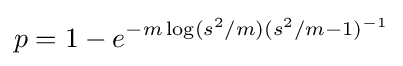
p=1-e^{-m\log(s^{2}/m)(s^{2}/m-1)^{-1}}